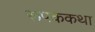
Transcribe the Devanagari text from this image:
रूपककथा